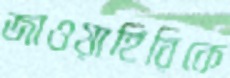
জাওয়াহিরিকে